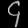
Digit: ၄